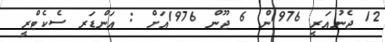
12 ޖެނުއަރީ 1976ން 6 ޖޫން 1976އަށް : އަންޑަރ ސެކެޓްރީ